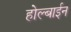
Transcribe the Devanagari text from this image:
होल्बाईन